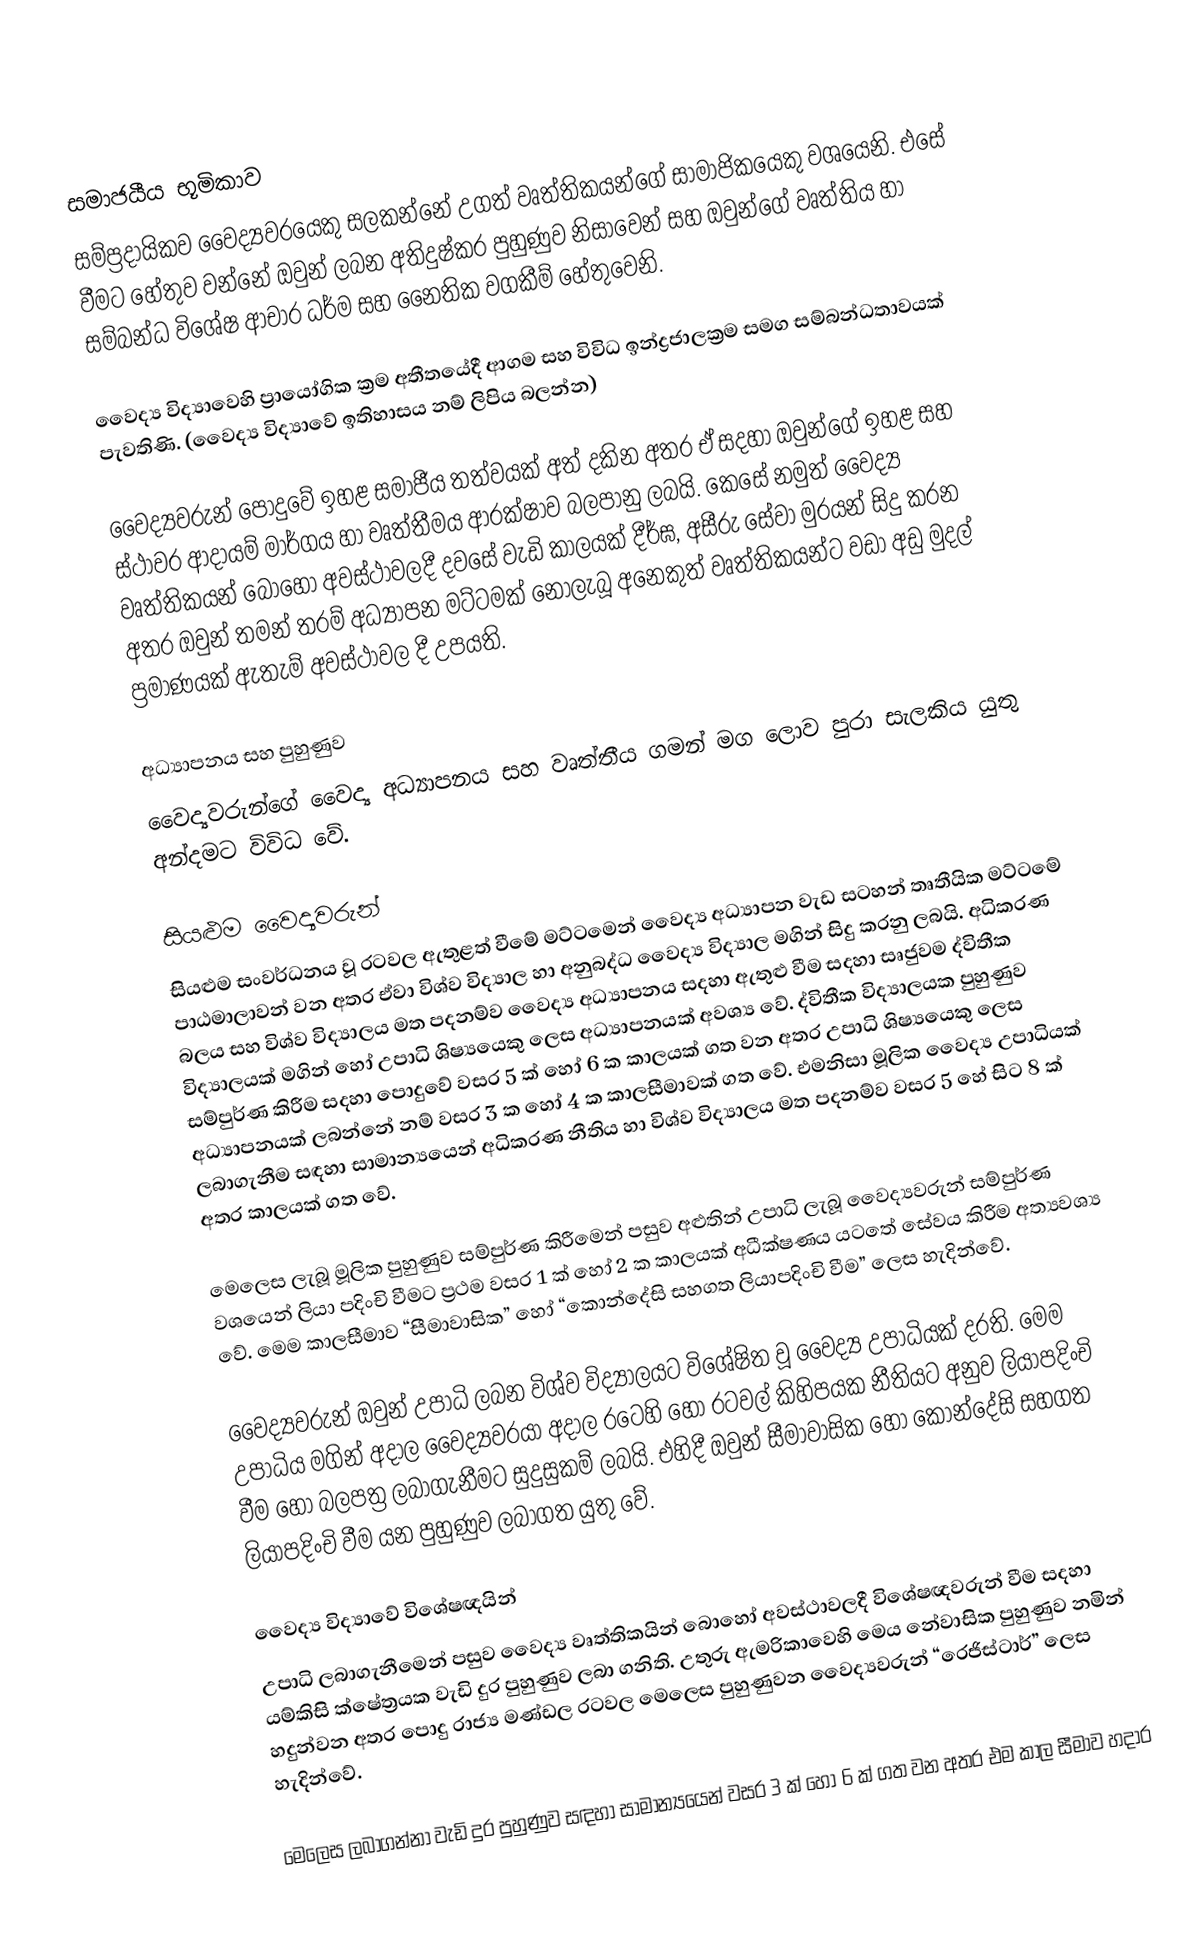

සමාජයීය භූමිකාව
සම්ප්‍රදායිකව වෛද්‍යවරයෙකු සලකන්නේ උගත් වෘත්තිකයන්ගේ සාමාජිකයෙකු වශයෙනි. එසේ වීමට හේතුව වන්නේ ඔවුන් ලබන අතිදුෂ්කර  පුහුණුව නිසාවෙන් සහ ඔවුන්ගේ වෘත්තිය හා සම්බන්ධ විශේෂ ආචාර ධර්ම සහ  නෛතික වගකීම් හේතුවෙනි.

වෛද්‍ය විද්‍යාවෙහි ප්‍රායෝගික ක්‍රම අතීතයේදී ආගම සහ විවිධ ඉන්ද්‍රජාලක්‍රම සමග සම්බන්ධතාවයක් පැවතිණි. (වෛද්‍ය විද්‍යාවේ ඉතිහාසය නම් ලිපිය බලන්න)

වෛද්‍යවරුන් පොදුවේ ඉහළ සමාජීය තත්වයක් අත් දකින අතර ඒ සදහා ඔවුන්ගේ ඉහළ සහ ස්ථාවර ආදායම් මාර්ගය හා වෘත්තීමය ආරක්ෂාව බලපානු ලබයි. කෙසේ නමුත් වෛද්‍ය වෘත්තිකයන් බොහෝ අවස්ථාවලදී දවසේ වැඩි කාලයක්  දීර්ඝ, අසීරු සේවා මුරයන් සිදු කරන අතර ඔවුන් තමන් තරම් අධ්‍යාපන මට්ටමක් නොලැබූ අනෙකුත් වෘත්තිකයන්ට වඩා අඩු මුදල් ප්‍රමාණයක් ඇතැම් අවස්ථාවල දී උපයති.

අධ්‍යාපනය සහ පුහුණුව
වෛද්‍යවරුන්ගේ වෛද්‍ය අධ්‍යාපනය සහ වෘත්තීය ගමන් මග ලොව පුරා සැලකිය යුතු අන්දමට විවිධ වේ.

සියළුම වෛද්‍යවරුන්
සියළුම සංවර්ධනය වූ රටවල ඇතුළත් වීමේ මට්ටමෙන් වෛද්‍ය අධ්‍යාපන වැඩ සටහන් තෘතීයික මට්ටමේ පාඨමාලාවන් වන අතර ඒවා විශ්ව විද්‍යාල හා අනුබද්ධ වෛද්‍ය විද්‍යාල මගින් සිදු කරනු ලබයි. අධිකරණ බලය සහ විශ්ව විද්‍යාලය මත පදනම්ව වෛද්‍ය අධ්‍යාපනය සදහා ඇතුළු වීම සදහා සෘජුවම ද්විතීක විද්‍යාලයක් මගින් හෝ උපාධි ශිෂ්‍යයෙකු ලෙස අධ්‍යාපනයක් අවශ්‍ය වේ. ද්විතීක විද්‍යාලයක පුහුණුව සම්පුර්ණ කිරීම සදහා පොදුවේ  වසර 5 ක් හෝ 6 ක කාලයක් ගත වන අතර උපාධි ශිෂ්‍යයෙකු ලෙස අධ්‍යාපනයක් ලබන්නේ නම් වසර 3 ක හෝ 4 ක කාලසීමාවක් ගත වේ.  එමනිසා මූලික වෛද්‍ය උපාධියක් ලබාගැනීම සඳහා සාමාන්‍යයෙන් අධිකරණ නීතිය හා විශ්ව විද්‍යාලය මත පදනම්ව වසර 5 හේ සිට 8 ක් අතර කාලයක් ගත වේ.

මෙලෙස ලැබූ මූලික පුහුණුව සම්පුර්ණ කිරීමෙන් පසුව අළුතින් උපාධි ලැබූ වෛද්‍යවරුන් සම්පුර්ණ වශයෙන් ලියා පදිංචි වීමට ප්‍රථම වසර 1 ක් හෝ 2  ක කාලයක් අධීක්ෂණය යටතේ සේවය කිරීම අත්‍යවශ්‍ය වේ. මෙම කාලසීමාව “සීමාවාසික”  හෝ “කොන්දේසි සහගත ලියාපදිංචි වීම” ලෙස හැදින්වේ.

වෛද්‍යවරුන් ඔවුන් උපාධි ලබන විශ්ව විද්‍යාලයට විශේෂිත වූ වෛද්‍ය උපාධියක් දරති. මෙම උපාධිය මගින් අදාල වෛද්‍යවරයා අදාල රටෙහි හෝ රටවල් කිහිපයක නීතියට අනුව ලියාපදිංචි වීම හෝ බලපත්‍ර ලබාගැනීමට සුදුසුකම් ලබයි. එහිදී ඔවුන් සීමාවාසික හෝ කොන්දේසි සහගත ලියාපදිංචි වීම යන පුහුණුව ලබාගත යුතු වේ.

වෛද්‍ය විද්‍යාවේ විශේෂඥයින්
උපාධි ලබාගැනීමෙන් පසුව වෛද්‍ය වෘත්තිකයින් බොහෝ අවස්ථාවලදී විශේෂඥවරුන් වීම සදහා යම්කිසි ක්ෂේත්‍රයක වැඩි දුර පුහුණුව ලබා ගනිති. උතුරු ඇමරිකාවෙහි මෙය නේවාසික පුහුණුව නමින් හදුන්වන අතර පොදු රාජ්‍ය මණ්ඩල රටවල මෙලෙස පුහුණුවන වෛද්‍යවරුන් “රෙජිස්ටාර්” ලෙස හැදින්වේ.

මෙලෙස ලබාගන්නා වැඩි දුර පුහුණුව සඳහා සාමාන්‍යයෙන් වසර 3 ක් හෝ 6 ක් ගත වන අතර එම කාල සීමාව හදාර